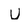
Character: u